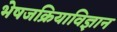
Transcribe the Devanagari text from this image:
भेषजक्रियाविज्ञान